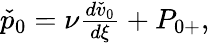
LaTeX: \begin{array}{r}{\check{p}_{0}=\nu\frac{d\check{v}_{0}}{d\xi}+P_{0+},}\end{array}